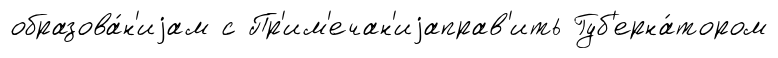
образова́н'иjам с Пр'им'ечан'иjаправ'ить Губ'ерна́тором